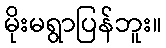
မိုးမရွာပြန်ဘူး။